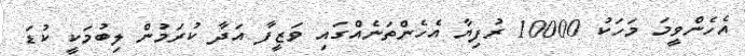
އެހެންވީމަ މަހަކު 10000 ރުފިޔާ އެހެންތަނެއްގައި ވަޒީފާ އަދާ ކުރަމުން ލިބުމަކީ ކުޑަ